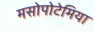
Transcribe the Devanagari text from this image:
मसोपोटेमिया